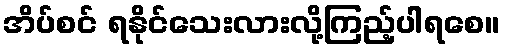
အိပ်စင် ရနိုင်သေးလားလို့ကြည့်ပါရစေ။